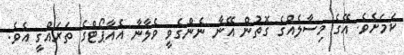
ކަމަށެވެ. އޭގެ މިސާލެއްގެ ގޮތުން އޭނާ ނެންގެވީ ވެލާނާ އެއާޕޯޓްގެ ތަރައްގީ އެވެ.